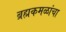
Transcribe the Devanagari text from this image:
ब्रह्मकमळांचा